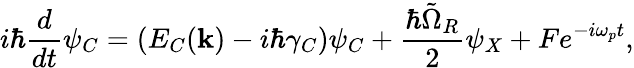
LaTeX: i\hbar\frac{d}{dt}\psi_{C}=(E_{C}({\mathbf k})-i\hbar\gamma_{C})\psi_{C}+\frac{\hbar\tilde{\Omega}_{R}}{2}\psi_{X}+Fe^{-i\omega_{p}t},